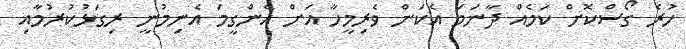
ހުރެ ގޯސްކޮށް ކަމެއް ދާނަމަ އެކަން ވެރިމީހާ އަށް އެންގީމަ އެނިމުނީ ރިގަޅުކުރުމާއި